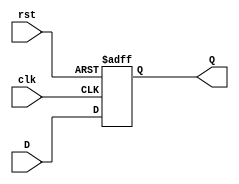
`timescale 1ns / 1ps
//////////////////////////////////////////////////////////////////////////////////
// Company: 
// Engineer: 
// 
// Design Name: 
// Module Name: DFlipFlop
// Project Name: 
// Target Devices: 
// Tool Versions: 
// Description: 
// 
// Dependencies: 
// 
// Revision:
// Revision 0.01 - File Created
// Additional Comments:
// 
//////////////////////////////////////////////////////////////////////////////////


module DFlipFlop (input clk, input rst, input D, output reg Q);
     always @ ( posedge clk or posedge rst)
     if (rst) begin
        Q <= 1'b0;
     end else begin
        Q <= D;
     end
endmodule